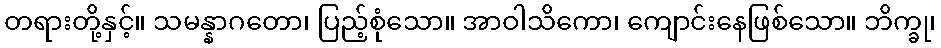
တရားတို့နှင့်။ သမန္နာဂတော၊ ပြည့်စုံသော။ အာဝါသိကော၊ ကျောင်းနေဖြစ်သော။ ဘိက္ခု၊